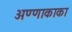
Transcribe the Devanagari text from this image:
अण्णाकाका